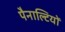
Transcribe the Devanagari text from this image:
पैनाल्टियों